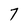
Character: 7